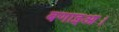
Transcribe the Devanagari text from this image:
बणाइआ।